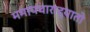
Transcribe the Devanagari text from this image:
ममापचाराद्यातो